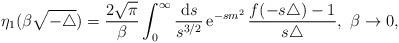
LaTeX: \begin{align*}\eta_{1}(\beta \sqrt{-\triangle}) = \frac{2 \sqrt{\pi }}{\beta }\int_0^{\infty} \frac{ {\mathrm{d}} s}{ s^{3/2} } \, { \mathrm{e}}^{ - s m^2 } \,\frac{f(-s\triangle)-1}{s\triangle}, \ \beta \rightarrow 0, \end{align*}